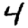
Digit: 4